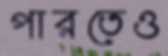
পারতেও